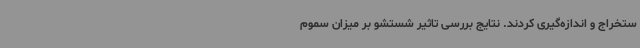
ستخراج و اندازه‌گیری کردند. نتایج بررسی تاثیر شستشو بر میزان سموم